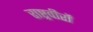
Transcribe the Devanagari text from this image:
राष्ट्रवीरों